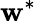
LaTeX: \mathbf{w}^{\ast}